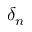
\delta _ { n }